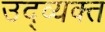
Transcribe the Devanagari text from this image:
उद्व्यक्त